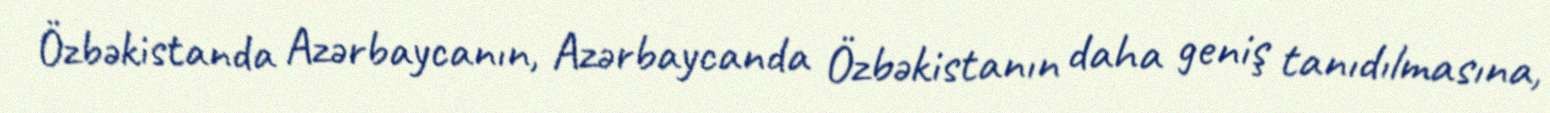
Özbəkistanda Azərbaycanın, Azərbaycanda Özbəkistanın daha geniş tanıdılmasına,